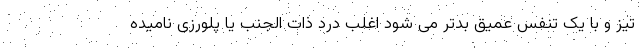
تیز و با یک تنفس عمیق بدتر می شود اغلب درد ذات الجنب یا پلورزی نامیده